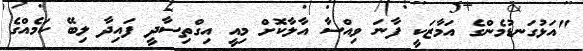
"އަޅުގަނޑުމެންގެ އަމާޒަކީ ފާނަ ވިއްސާ އާލާކޮށް މިއީ އިގްތިސާދީ ފައިދާ ލިބޭ ކަމެއްގެ